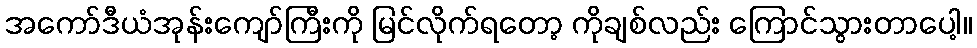
အကော်ဒီယံအုန်းကျော်ကြီးကို မြင်လိုက်ရတော့ ကိုချစ်လည်း ကြောင်သွားတာပေါ့။